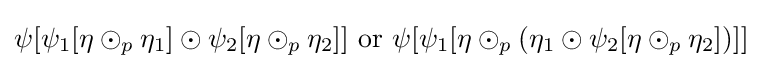
\psi [\psi _{1}[\eta \odot _{p}\eta _{1}]\odot \psi _{2}[\eta \odot _{p}\eta _{2}]]{\text{ or }}\psi [\psi _{1}[\eta \odot _{p}(\eta _{1}\odot \psi _{2}[\eta \odot _{p}\eta _{2}])]]